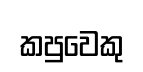
කපුවෙකු